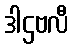
ဒါဌဗလီ